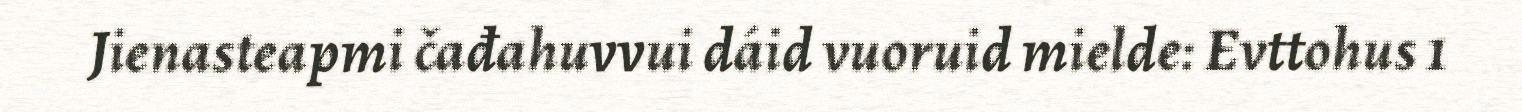
Jienasteapmi čađahuvvui dáid vuoruid mielde: Evttohus 1